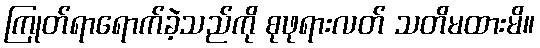
ကြုတ်ရာရောက်ခဲ့သည်ကို စုဖုရားလတ် သတိမထားမိ။